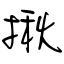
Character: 揪